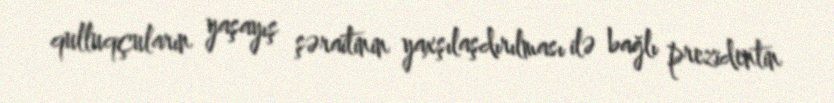
qulluqçuların yaşayış şəraitinin yaxşılaşdırılması ilə bağlı prezidentin